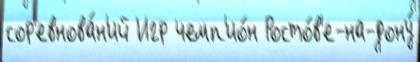
сор'евнова́н'ий Игр чемп'ио́н Росто́в'е-на-дону́